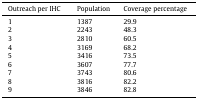
| Outreach per IHC | Population | Coverage percentage |
 | --- | --- | --- |
 | 1 | 1387 | 29.9 |
 | 2 | 2243 | 48.3 |
 | 3 | 2810 | 60.5 |
 | 4 | 3169 | 68.2 |
 | 5 | 3416 | 73.5 |
 | 6 | 3607 | 77.7 |
 | 7 | 3743 | 80.6 |
 | 8 | 3816 | 82.2 |
 | 9 | 3846 | 82.8 |